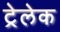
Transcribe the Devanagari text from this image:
ट्रेलेक